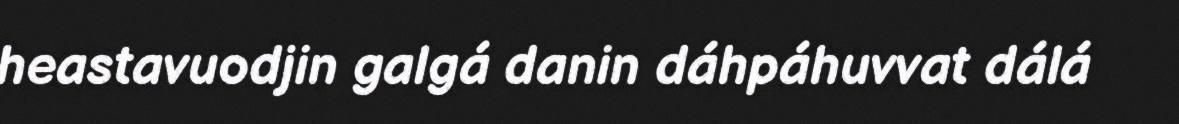
heastavuodjin galgá danin dáhpáhuvvat dálá